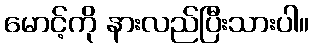
မောင့်ကို နားလည်ပြီးသားပါ။